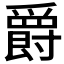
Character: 爵